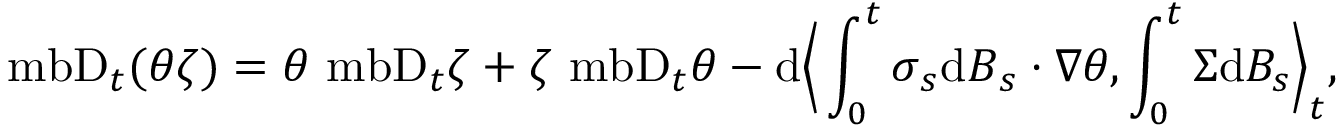
\mathrm { \ m b { D } } _ { t } ( \theta \zeta ) = \theta \mathrm { \ m b { D } } _ { t } \zeta + \zeta \mathrm { \ m b { D } } _ { t } \theta - \mathrm { d } \Big \langle \int _ { 0 } ^ { t } \boldsymbol { \sigma } _ { s } \mathrm { d } \boldsymbol { B } _ { s } \boldsymbol { \cdot } \boldsymbol { \nabla } \theta , \int _ { 0 } ^ { t } \Sigma \mathrm { d } B _ { s } \Big \rangle _ { t } ,